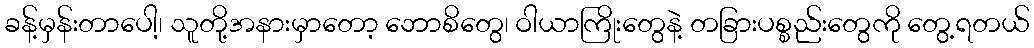
ခန့်မှန်းတာပေါ့၊ သူတို့အနားမှာတော့ ဘောစိတွေ၊ ဝါယာကြိုးတွေနဲ့ တခြားပစ္စည်းတွေကို တွေ့ရတယ်